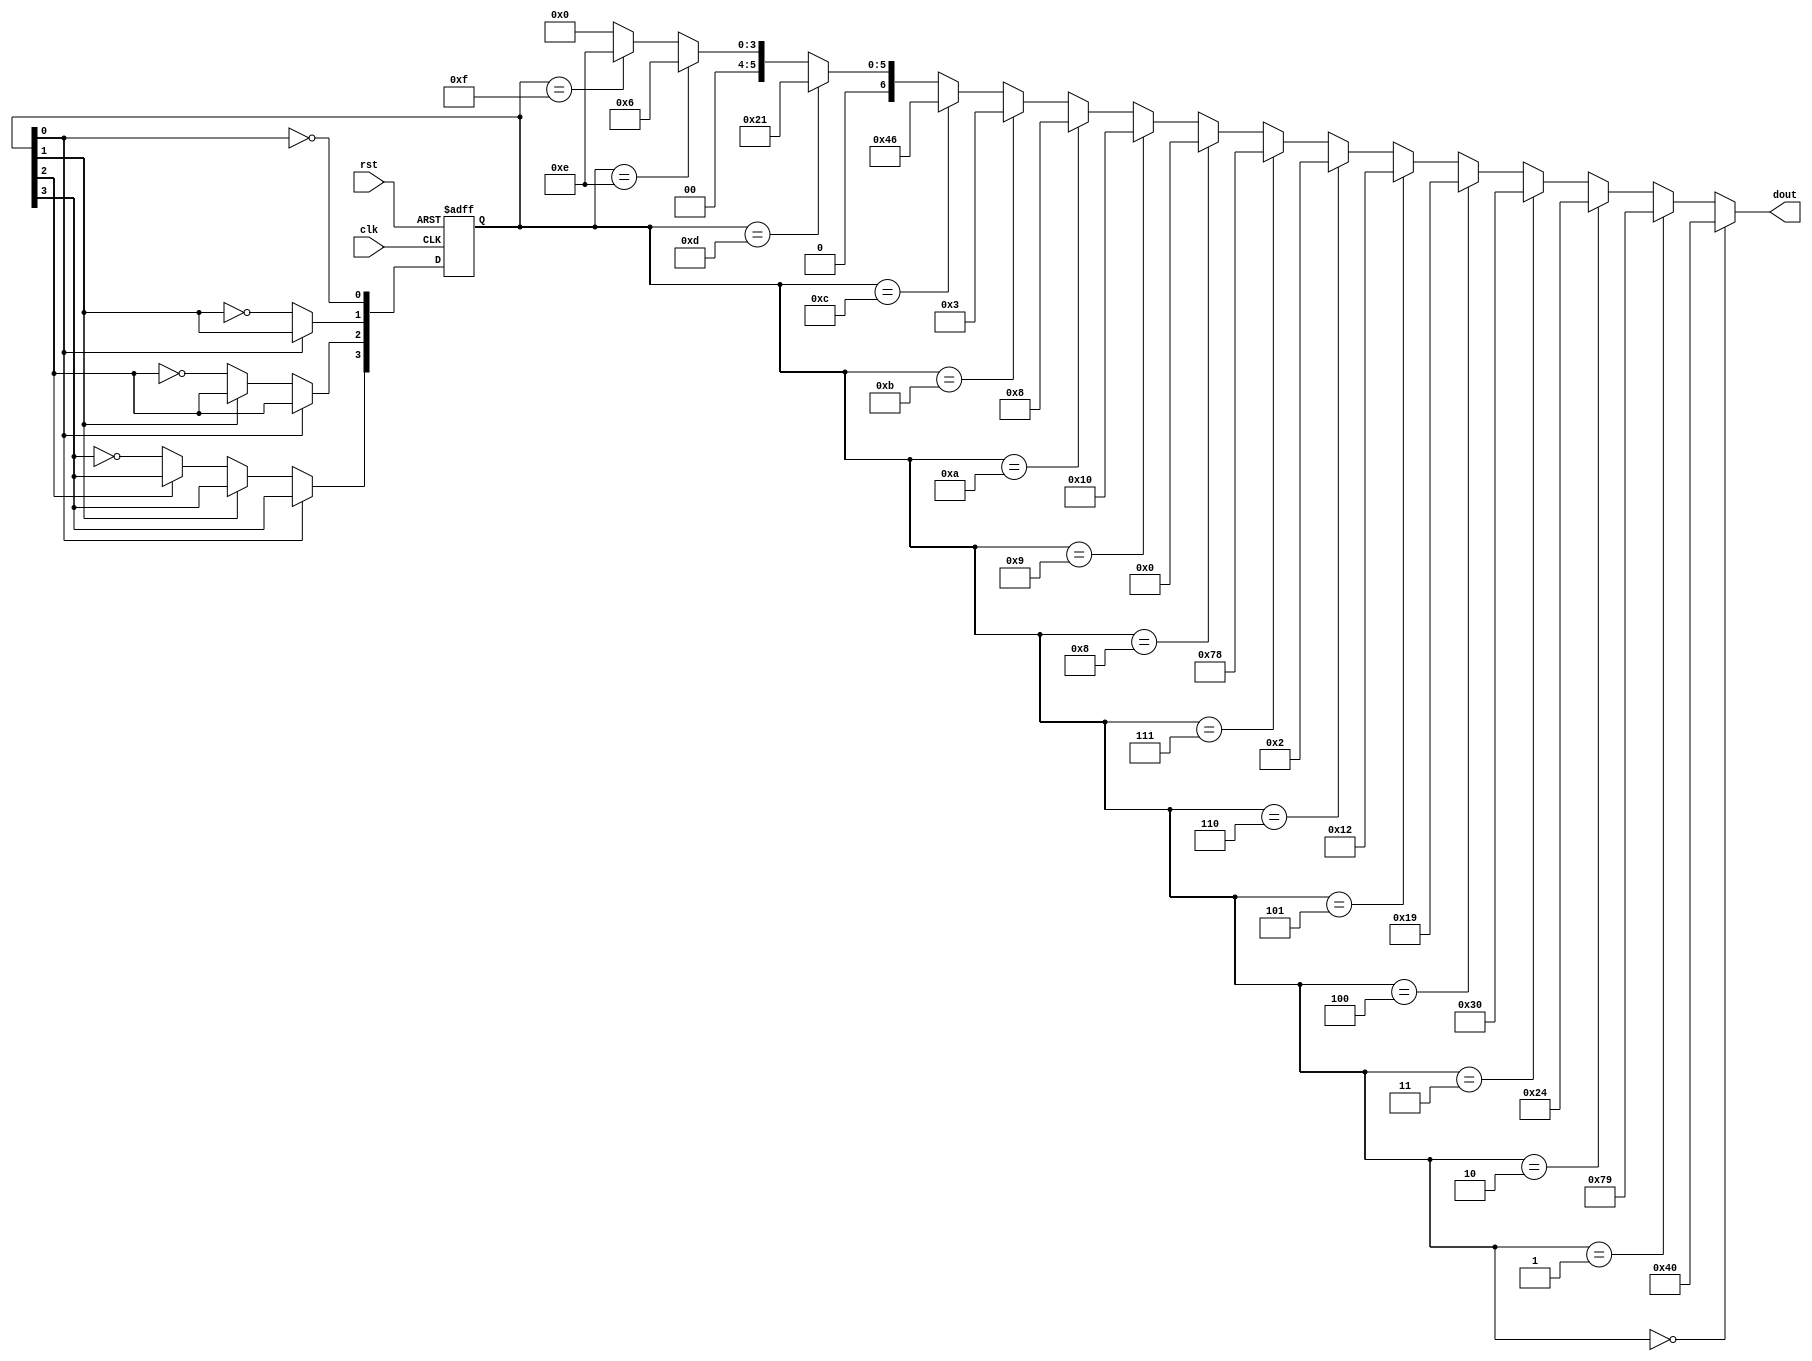
module counter3(clk,rst,dout);
input clk,rst;
output [6:0] dout;
reg [3:0] q;

initial
begin
	q<=0;
end

always @(negedge rst or negedge clk)
begin
	if (~rst) q<=4'h0000;
	else
		begin
			if (~clk)
				begin
					q[0]<=~q[0];
					//Previous step is non-block, so the condition q[0]
					//should be the value before the jump
					if (~q[0])
					begin
						q[1]<=~q[1];
						if (~q[1])
						begin
							q[2]<=~q[2];
							if (~q[2])
								q[3]<=~q[3];
						end
					end
				end
		end
end

assign	dout=(q==4'h0)?7'b1000000:
             (q==4'h1)?7'b1111001:
             (q==4'h2)?7'b0100100:
             (q==4'h3)?7'b0110000:
             (q==4'h4)?7'b0011001:
             (q==4'h5)?7'b0010010:
             (q==4'h6)?7'b0000010:
             (q==4'h7)?7'b1111000:
             (q==4'h8)?7'b0000000:
             (q==4'h9)?7'b0010000:
			 (q==4'hA)?7'b0001000:
			 (q==4'hB)?7'b0000011:
			 (q==4'hC)?7'b1000110:
			 (q==4'hD)?7'b0100001:
			 (q==4'hE)?7'b0000110:
			 (q==4'hF)?7'b0001110:7'b0;
endmodule